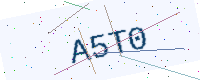
Text: A5T0